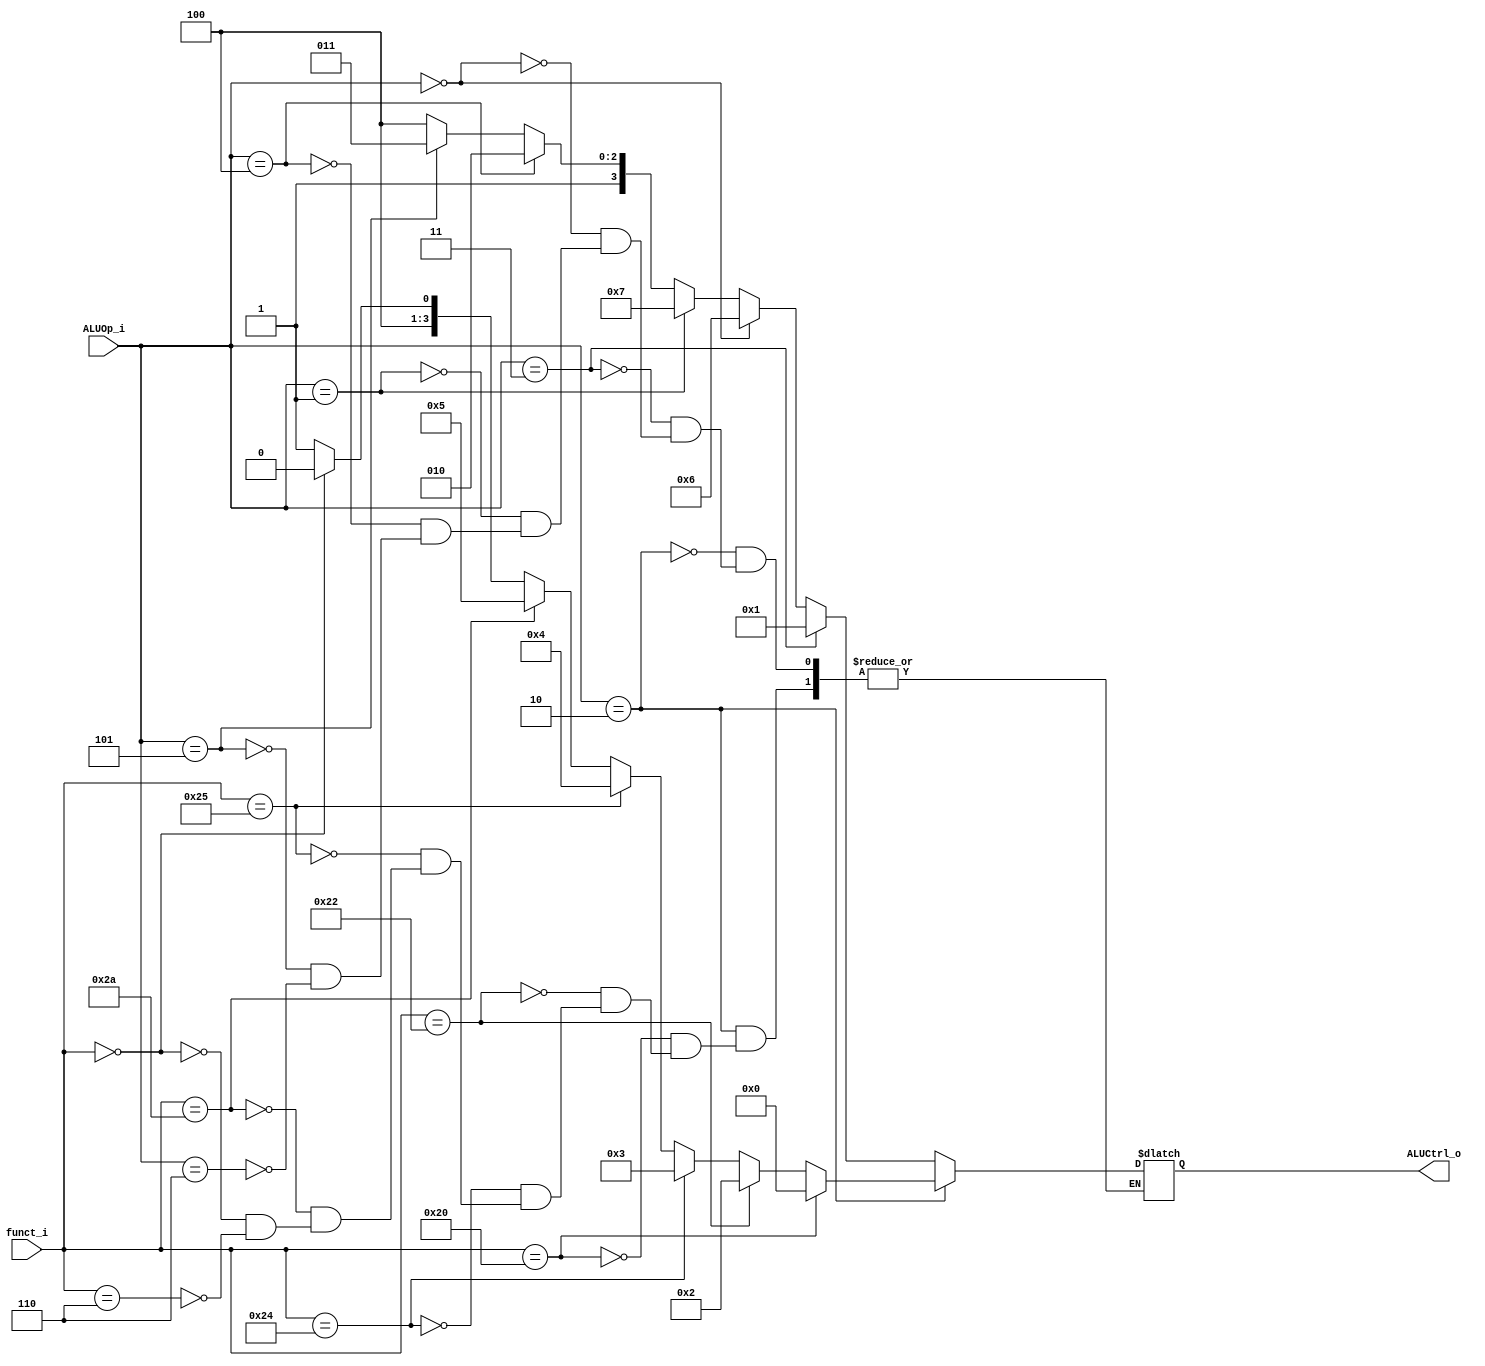
//Subject:     CO project 2 - ALU Controller
//--------------------------------------------------------------------------------
//Version:     1
//--------------------------------------------------------------------------------
//Writer:      
//----------------------------------------------
//Date:        
//----------------------------------------------
//Description: 
//--------------------------------------------------------------------------------

module ALU_Ctrl(
          funct_i,
          ALUOp_i,
          ALUCtrl_o
          );
          
//I/O ports 
input      [6-1:0] funct_i;
input      [3-1:0] ALUOp_i;

output     [4-1:0] ALUCtrl_o;    
     
//Internal Signals
reg        [4-1:0] ALUCtrl_o;

//Parameter

       
//Select exact operation
always@ (*)begin
	if(ALUOp_i == 2)begin
		if(funct_i == 32)ALUCtrl_o <= 0;//add
		else if(funct_i == 34)ALUCtrl_o <= 2;//sub
		else if(funct_i == 36)ALUCtrl_o <= 3;//and
		else if(funct_i == 37)ALUCtrl_o <= 4;//or
		else if(funct_i == 42)ALUCtrl_o <= 5;//slt
		else if(funct_i == 0)ALUCtrl_o <= 8;//sll
		else if(funct_i == 6)ALUCtrl_o <= 9;//srlv
	end		
	else if(ALUOp_i == 3)ALUCtrl_o <= 1;//addi
	else if(ALUOp_i == 0)ALUCtrl_o <= 6;//slti
	else if(ALUOp_i == 1)ALUCtrl_o <= 7;//beq	
	else if(ALUOp_i == 4)ALUCtrl_o <= 10;//lui
	else if(ALUOp_i == 5)ALUCtrl_o <= 11;//ori
	else if(ALUOp_i == 6)ALUCtrl_o <= 12;//bne
	else ALUCtrl_o <= ALUCtrl_o;
end
endmodule